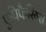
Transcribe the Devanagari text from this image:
एपिफैरिग्स